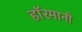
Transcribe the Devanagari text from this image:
हाॅरमानी